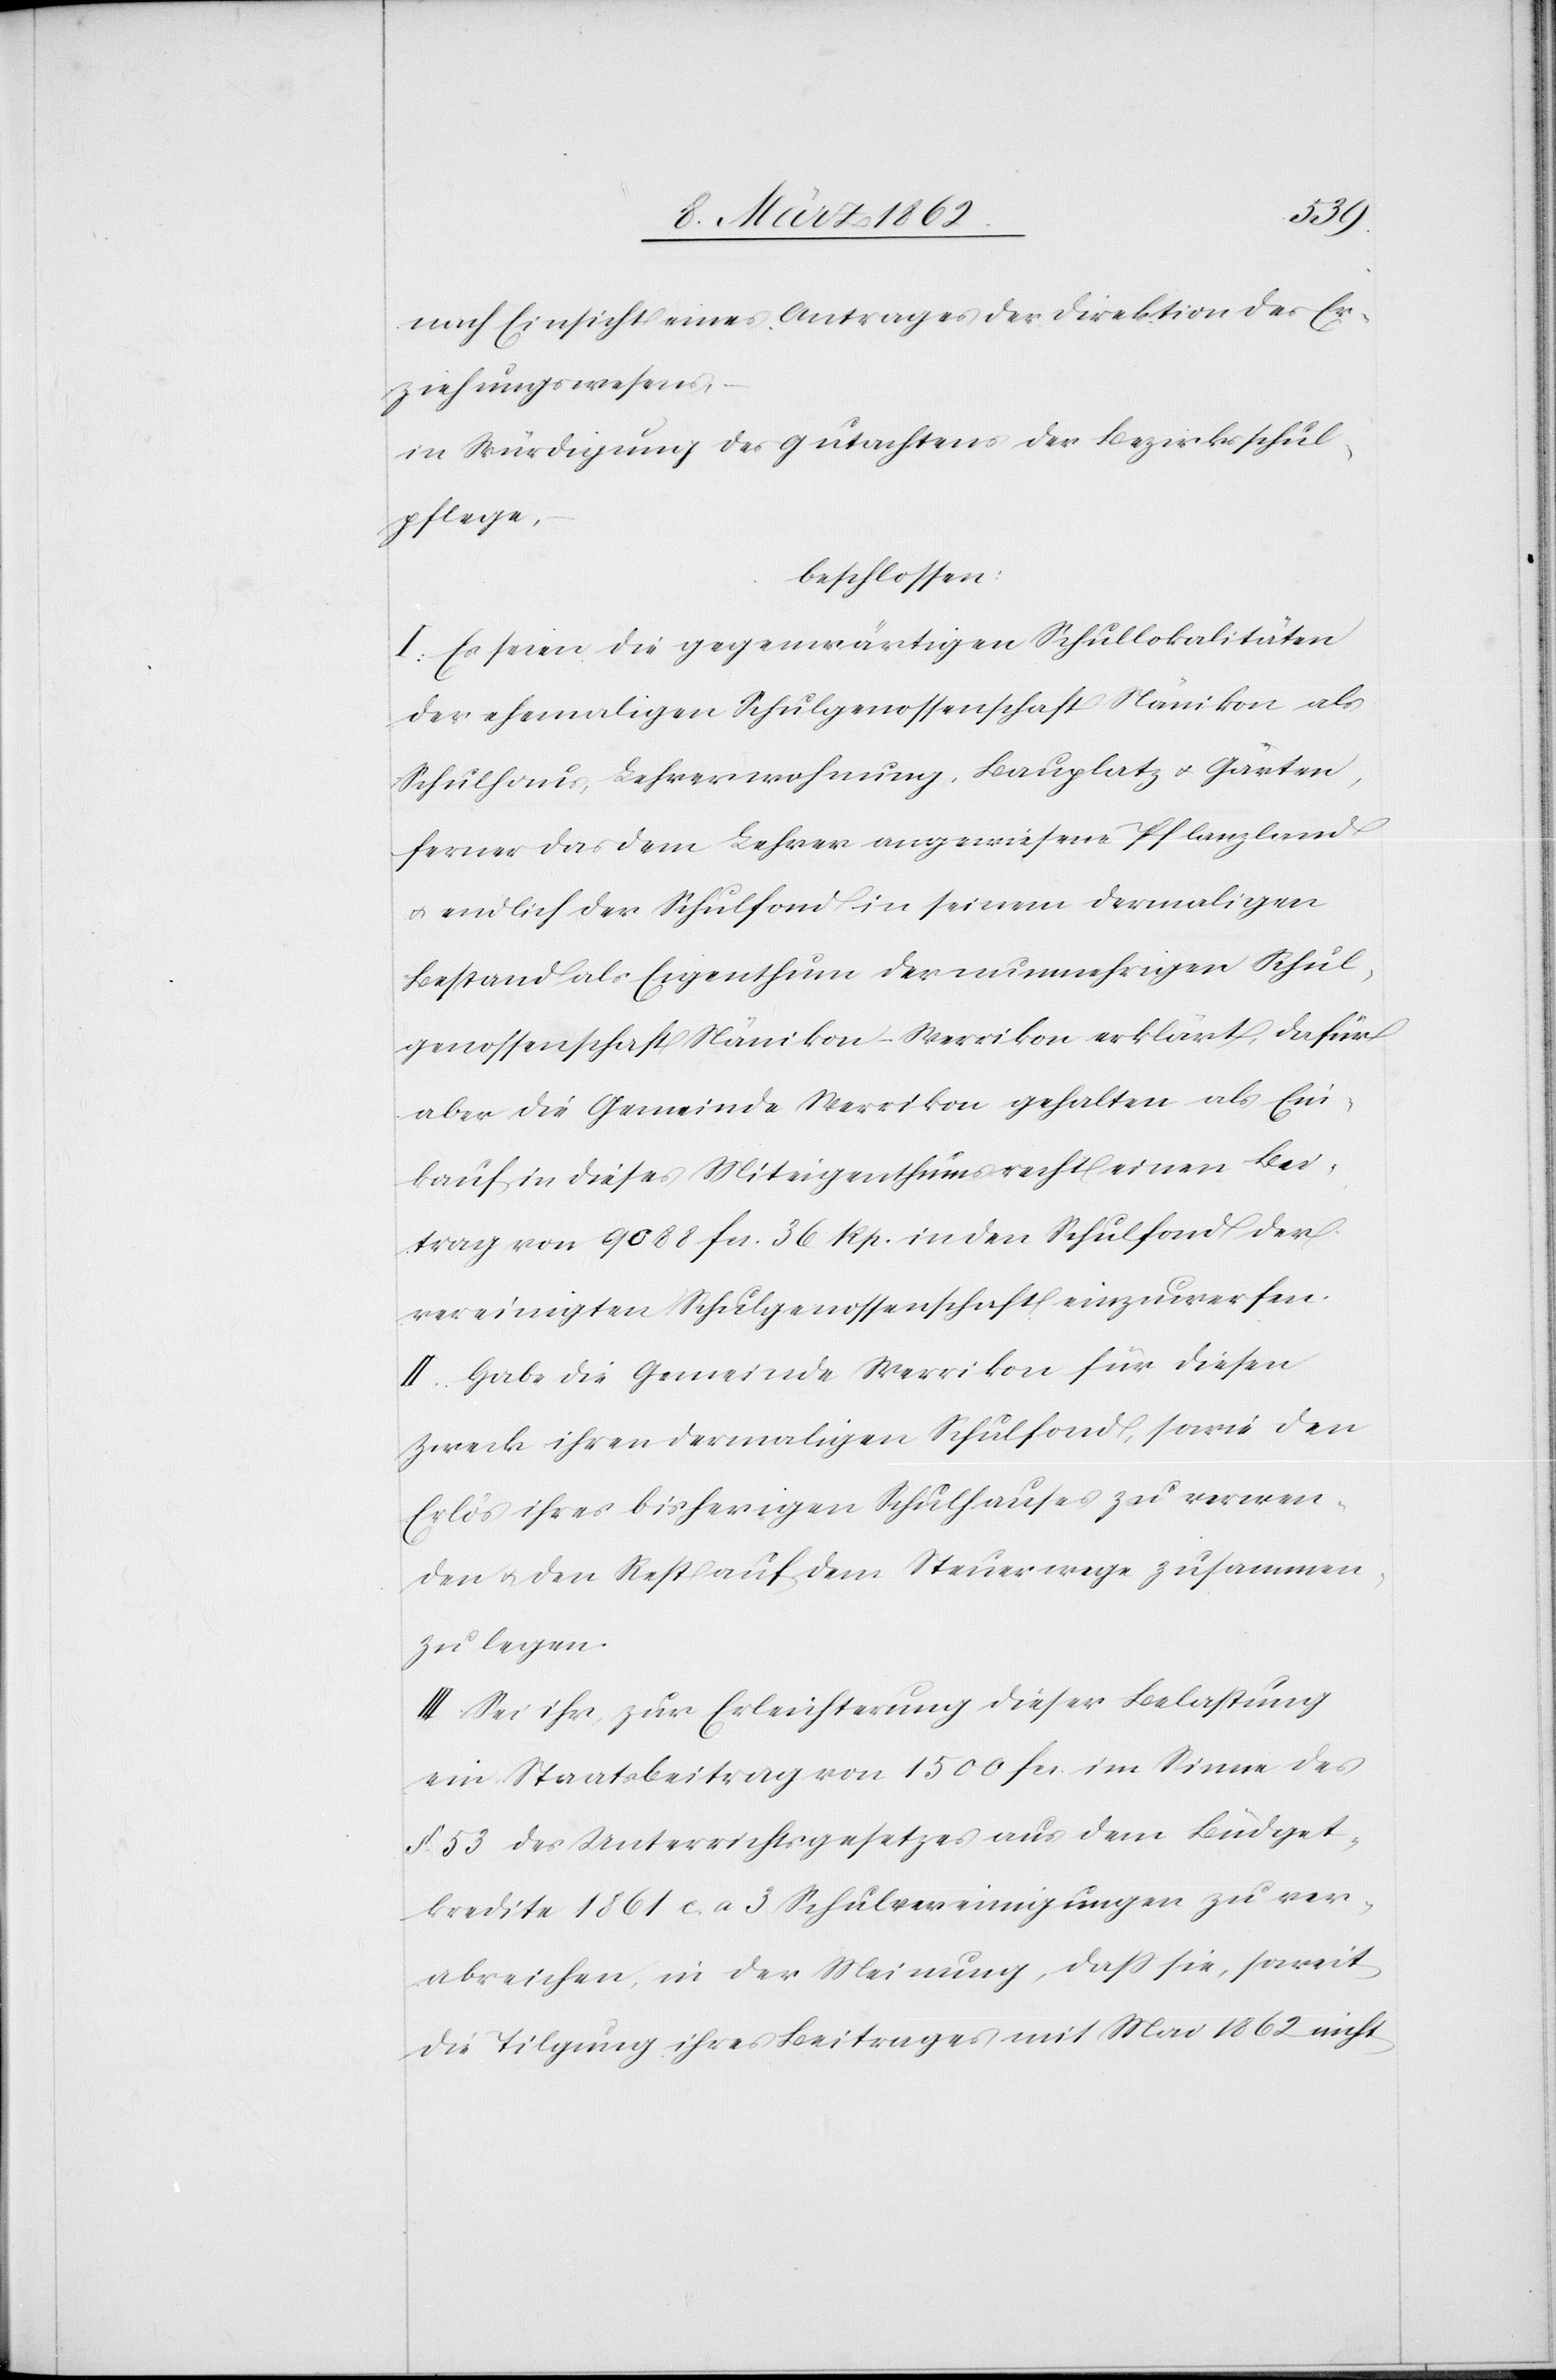
nach Einsicht eines Antrages der Direktion des Er¬
ziehungswesens,
in Würdigung des Gutachtens der Bezirksschul¬
pflege,
beschlossen:
I. Es seien die gegenwärtigen Schullokalitäten
der ehemaligen Schulgenossenschaft Nänikon als
Schulhaus, Lehrerwohnung, Bauplatz u. Garten,
ferner das dem Lehrer angewiesene Pflanzland
u. endlich der Schulfond in seinem dermaligen
Bestand als Eigenthum der nunmehrigen Schul¬
genossenschaft Nänikon–Werrikon erklärt, dafür
aber die Gemeinde Werrikon gehalten als Ein¬
kauf in dieses Miteigenthumsrecht einen Bei¬
trag von 9088 fcs. 36 Rp. in den Schulfond der
vereinigten Schulgenossenschaft einzuwerfen.
II. Habe die Gemeinde Werrikon für diesen
Zweck ihren dermaligen Schulfond, sowie den
Erlös ihres bisherigen Schulhauses zu verwen¬
den u. den Rest auf dem Steuerwege zusammen¬
zulegen.
III. Sei ihr zur Erleichterung dieser Belastung
ein Staatsbeitrag von 1500 fcs. im Sinne des
§. 53 des Unterrichtsgesetzes aus dem Büdget¬
kredite 1861 c. a 3 Schulvereinigungen zu ver¬
abreichen, in der Meinung, daß sie, soweit
die Tilgung ihres Beitrages mit Mai 1862 nicht